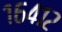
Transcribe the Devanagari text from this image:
१६४१२